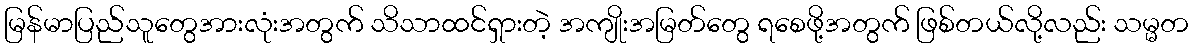
မြန်မာပြည်သူတွေအားလုံးအတွက် သိသာထင်ရှားတဲ့ အကျိုးအမြတ်တွေ ရစေဖို့အတွက် ဖြစ်တယ်လို့လည်း သမ္မတ